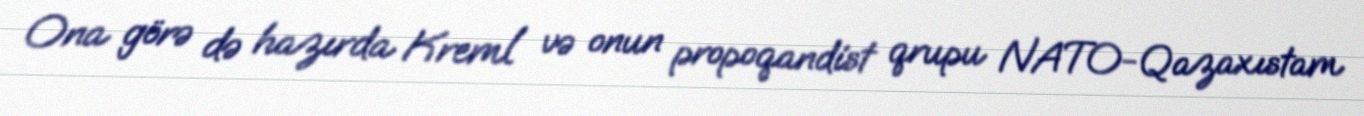
Ona görə də hazırda Kreml və onun propoqandist qrupu NATO-Qazaxıstam